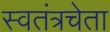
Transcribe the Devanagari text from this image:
स्वतंत्रचेता